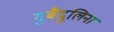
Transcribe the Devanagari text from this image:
गुबैदुलिना